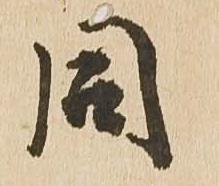
同